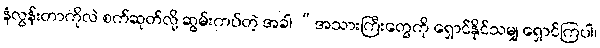
နံလွန်းတာကိုလဲ စက်ဆုတ်လို့ ဆွမ်းကပ်တဲ့ အခါ “အသားကြီးတွေကို ရှောင်နိုင်သမျှ ရှောင်ကြပါ၊